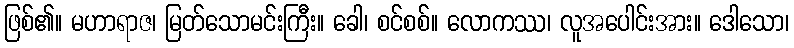
ဖြစ်၏။ မဟာရာဇ၊ မြတ်သောမင်းကြီး။ ခေါ၊ စင်စစ်။ လောကဿ၊ လူအပေါင်းအား။ ဒေါသော၊